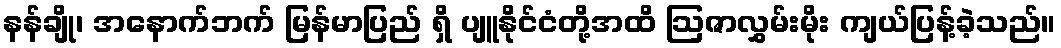
နန်ချို၊ အနောက်ဘက် မြန်မာပြည် ရှိ ပျူနိုင်ငံတို့အထိ ဩဇာလွှမ်းမိုး ကျယ်ပြန့်ခဲ့သည်။